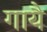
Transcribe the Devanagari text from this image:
गायै